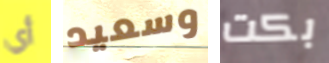
أي وسعيد بكت